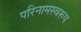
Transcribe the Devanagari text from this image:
परिनामस्वरूप